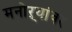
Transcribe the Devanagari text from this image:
मनोऱ्यांवर